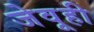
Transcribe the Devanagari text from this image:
जेवूही